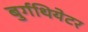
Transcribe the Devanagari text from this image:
बुर्गथियेटर